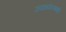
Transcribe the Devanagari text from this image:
उपाध्येपणाशी